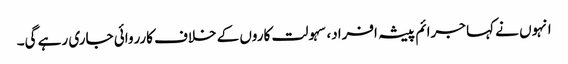
انہوں نے کہا جرائم پیشہ افراد، سہولت کاروں کے خلاف کارروائی جاری رہے گی۔